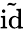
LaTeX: \tilde{\mathrm{id}}